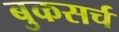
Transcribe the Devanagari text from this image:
बुकसर्च